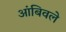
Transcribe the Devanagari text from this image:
आंबिवले